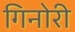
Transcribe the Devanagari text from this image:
गिनोरी